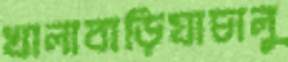
খালাবাড়িযাচালু